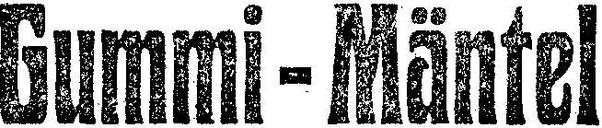
Gummi-Mäntel